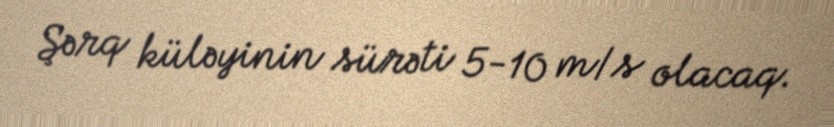
Şərq küləyinin sürəti 5-10 m/s olacaq.